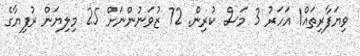
ވިޔަފާރިތައް1 އަހަރު 3 މަސް ކުރިން. 72 ޒުވަނުންނަށް 25 މިލިޔަން ރުފިޔާގެ